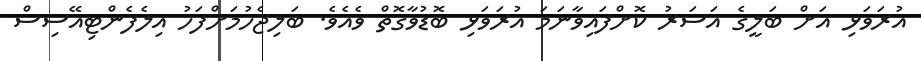
އުރަވަޅި އަށް ބަލީގެ އަސަރު ކޮށްފައިވާނަމަ އުރަވަޅި ބޮޑުވާގޮތް ވެއެވެ. ބަލިޖެހުމަށްފަހު އިލެފެންޓިއޭސިސް